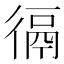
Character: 𢔸